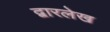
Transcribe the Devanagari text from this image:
द्वारलेख